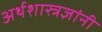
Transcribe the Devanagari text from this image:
अर्थशास्त्रज्ञांनी